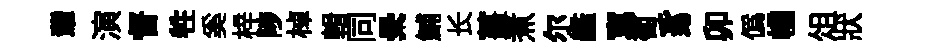
軰演督牲奚梓陟棹輯同纍鯆长薑煮尔艦寫萄豸卯僞幢俎狀